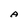
Character: A